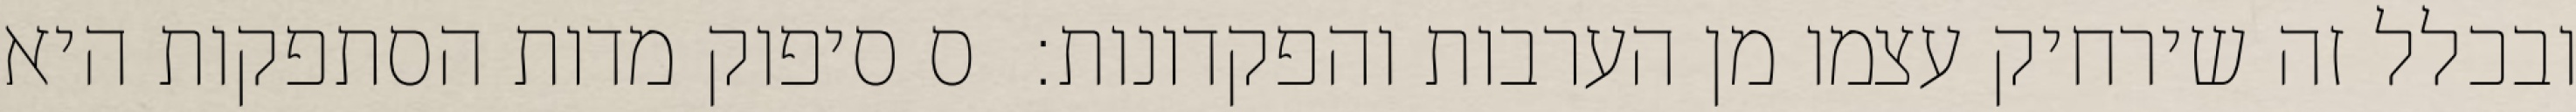
ובכלל זה שירחיק עצמו מן הערבות והפקדונות:  ס סיפוק מדות הסתפקות היא